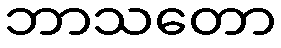
ဘာသတော